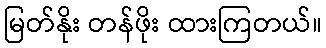
မြတ်နိုး တန်ဖိုး ထားကြတယ်။